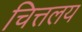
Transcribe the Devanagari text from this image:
चित्तलय